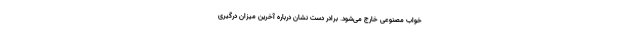
خواب مصنوعی خارج می‌شود. برادر دست نشان درباره آخرین میزان درگیری